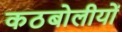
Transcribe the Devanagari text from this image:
कठबोलीयों